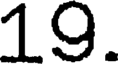
19.